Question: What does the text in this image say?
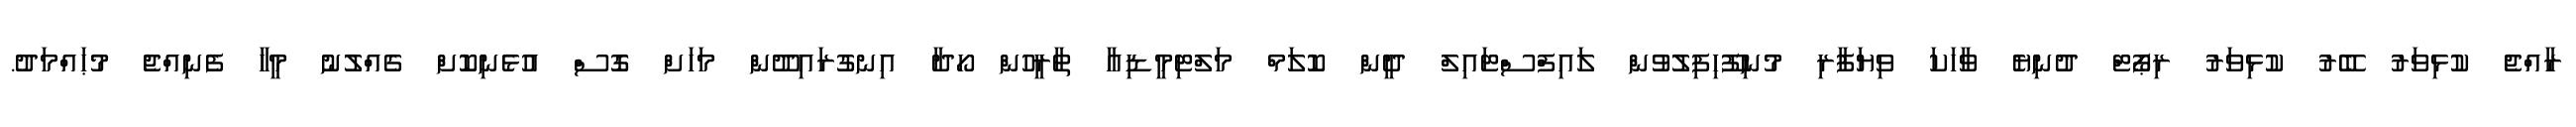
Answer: ރާއްޖެ ކުޅިވަރު ބޭރު ކުޅިވަރު ރިޕޯޓް ދުނިޔެ ވާހަކަ ވިޔަފާރި މުނިފޫހިފިލުވުން ލައިފްސްޓައިލް ދީން ކޮލަމް މަލްޓިމީޑިއާ ތާރީހުން ހޯދާ އިނގުރައިދޫން މަހަށް ގޮސް އުޅެނިކޮށް ގެއްލުނު މީހާ ފެނިއްޖެ މުޙައްމަދު.